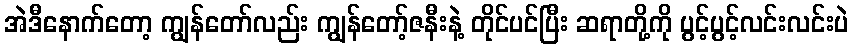
အဲဒီနောက်တော့ ကျွန်တော်လည်း ကျွန်တော့်ဇနီးနဲ့ တိုင်ပင်ပြီး ဆရာတို့ကို ပွင့်ပွင့်လင်းလင်းပဲ